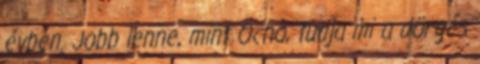
évben. Jobb lenne, mint Ocho, tudja mi a dörgés